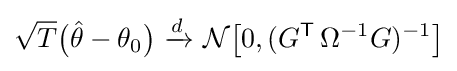
{\sqrt {T}}{\big (}{\hat {\theta }}-\theta _{0}{\big )}\ {\xrightarrow {d}}\ {\mathcal {N}}{\big [}0,(G^{\mathsf {T}}\,\Omega ^{-1}G)^{-1}{\big ]}